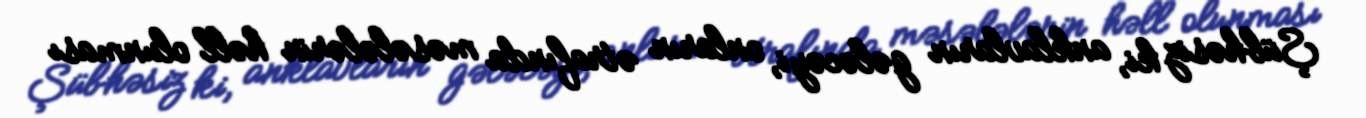
Şübhəsiz ki, anklavların gələcəyi, onların ətrafında məsələlərin həll olunması